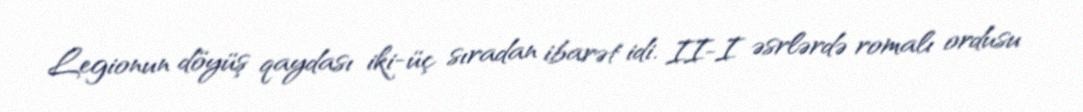
Legionun döyüş qaydası iki-üç sıradan ibarət idi. II-I əsrlərdə romalı ordusu